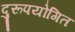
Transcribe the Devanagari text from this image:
दुरूपयोगित